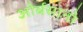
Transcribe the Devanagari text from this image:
ओर्बसानो